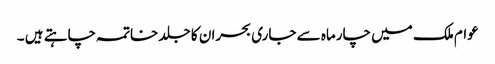
عوام ملک میں چارماہ سے جاری بحران کا جلد خاتمہ چاہتے ہیں ۔